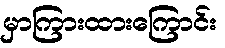
မှာကြားထားကြောင်း